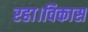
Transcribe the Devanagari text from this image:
रहा।विकास